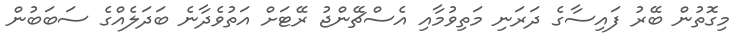
މިގޮތުން ބޭރު ފައިސާގެ ދަރަނި މަތިވުމާއި އެސްޗޭންޖު ރޭޓަށް އަތުވެދާނެ ބަދަލެއްގެ ސަބަބުން